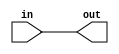
module ff_lib(input wire in, output reg out);
	always @(in) begin
		out <= in;
	end
endmodule

module JK_ff (	input wire J,
					input wire K,
					input wire clk,
					input wire rst,
					output reg Q);
					
	localparam 	HOLD = 2'b00,
					SET = 2'b10,
					RESET = 2'b01,
					TOGGLE = 2'b11;
	
	always @(posedge clk) begin
		if(rst) begin
			Q <= 1'b0;
		end
		else begin
			case({J,K})
				HOLD : begin
					Q <= Q;
				end
				RESET : begin
					Q <= 1'b0;
				end
				SET : begin
					Q <= 1'b1;
				end
				TOGGLE : begin
					Q <= ~Q;
				end
			endcase
		end
	end	
endmodule

module SR_ff (	input wire S,
					input wire R,
					input wire clk,
					input wire rst,
					output reg Q);
					
	localparam 	HOLD = 2'b00,
					SET = 2'b10,
					RESET = 2'b01;
	
	always @(posedge clk) begin
		if(rst) begin
			Q <= 1'b0;
		end
		else begin
			case({S,R})
				HOLD : begin
					Q <= Q;
				end
				RESET : begin
					Q <= 1'b0;
				end
				SET : begin
					Q <= 1'b1;
				end
				default: begin
					Q <= 1'bx;
				end
			endcase
		end
	end	
endmodule

module D_ff (	input wire D,
					input clk,
					input rst,
					output reg Q);
					
	always @(posedge clk) begin
		if(rst) begin
			Q <= 1'b0;
		end
		else begin
			Q <= D;
		end
	end
endmodule

module T_ff (	input wire T,
					input wire clk,
					input wire rst,
					output reg Q);
					
	always @(posedge clk) begin
		if(rst) begin
			Q <= 0;
		end
		else begin
			case(T)
				1'b0: begin
					Q <= Q;
				end
				1'b1: begin
					Q <= ~Q;
				end
			endcase
		end
	end
endmodule